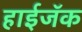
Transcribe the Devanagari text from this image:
हाईजॅक